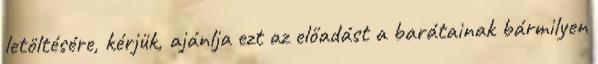
letöltésére, kérjük, ajánlja ezt az előadást a barátainak bármilyen